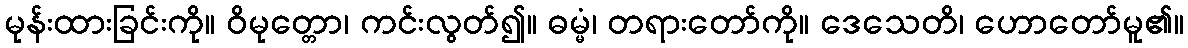
မုန်းထားခြင်းကို။ ဝိမုတ္တော၊ ကင်းလွတ်၍။ ဓမ္မံ၊ တရားတော်ကို။ ဒေသေတိ၊ ဟောတော်မူ၏။